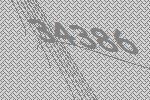
34386